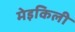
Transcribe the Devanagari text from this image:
मेइकिली